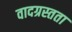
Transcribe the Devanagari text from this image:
वादग्रस्तता